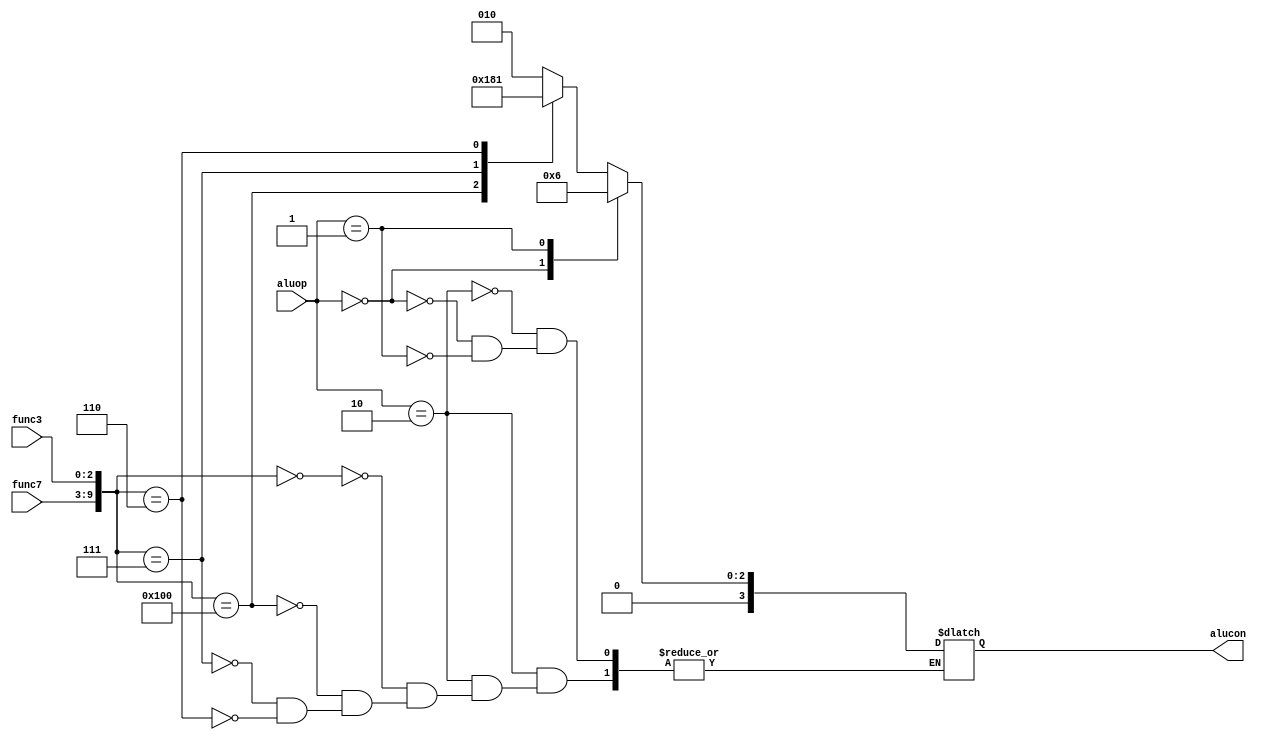
module ALUControl(
    input [1:0] aluop,
    input [6:0] func7,
    input [2:0] func3,
    output reg [3:0] alucon
    );

always @(*)
begin
	case (aluop)
		2'b10: begin //ALU
				case ({func7,func3})
				10'b0000000000 : alucon = 4'b0010; //Add
				10'b0100000000 : alucon = 4'b0110; //Sub
				10'b0000000111 : alucon = 4'b0000; //And
				10'b0000000110 : alucon = 4'b0001; //Or
				endcase
			end
		2'b00: alucon <=4'b0000; //LW , SW
		2'b01: alucon <= 4'b0110; //Branch (Sub)

	endcase
end
endmodule